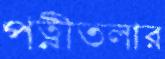
পত্নীতলার